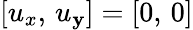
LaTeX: [u_{x},\, u_{\mathbf{y}}]=[0,\, 0]